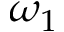
\omega _ { 1 }